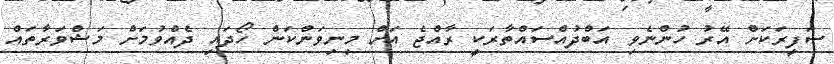
ސަފީރަކަށް އޭރު ހުންނެވި އަބްދުއްސައްތާރަކީ ރާއްޖެ އަށް މިނިވަންކަން ހޯދައި ދެއްވުމަށް މަޝްވަރާތައް